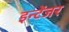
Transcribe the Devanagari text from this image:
इन्टेंजर